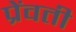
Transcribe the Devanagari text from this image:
प्रेंवती